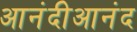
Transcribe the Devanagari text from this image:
आनंदीआनंद